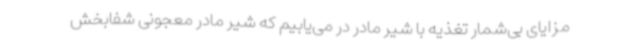
مزایای بی‌شمار تغذیه با شیر مادر در می‌یابیم که شیر مادر معجونی شفابخش